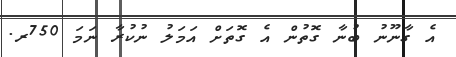
އެ ގާނޫނު ބުނާ ގޮތުން އެ ގޮތަށް އަމަލު ނުކުރާ ނަމަ 750ރ.